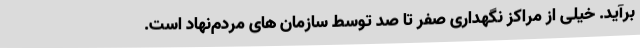
برآید. خیلی از مراکز نگهداری صفر تا صد توسط سازمان های مردم‌نهاد است.